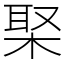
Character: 棸